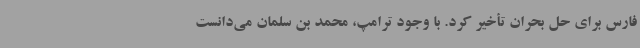
فارس برای حل بحران تأخیر کرد. با وجود ترامپ، محمد بن سلمان می‌دانست